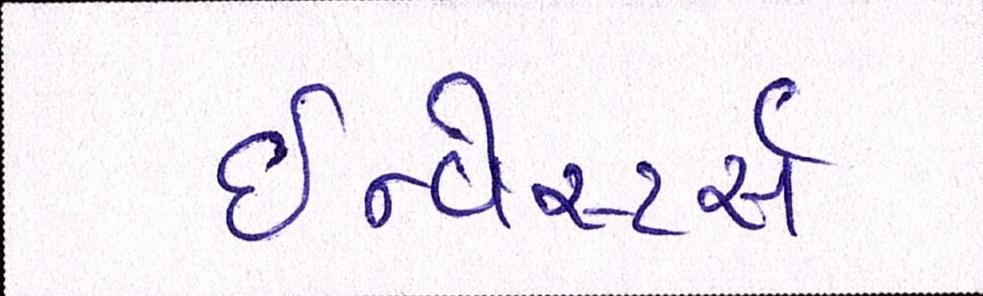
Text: ઇન્વેસ્ટર્સ